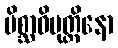
မိစ္ဆာဝိမုတ္တိနော